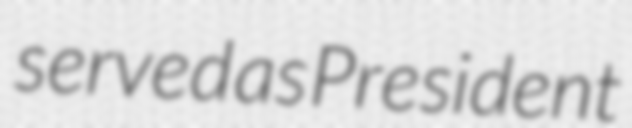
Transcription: served as President